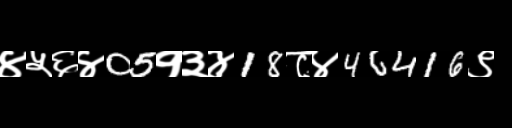
Text: ४५६४05१३४18८४46416९